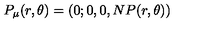
P _ { \mu } ( r , \theta ) = ( 0 ; 0 , 0 , N P ( r , \theta ) )